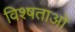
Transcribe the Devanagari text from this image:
विश्षताओं